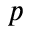
p